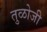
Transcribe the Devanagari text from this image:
तुळोजी